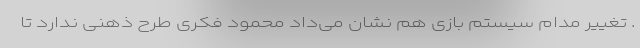
. تغییر مدام سیستم بازی هم نشان می‌داد محمود فکری طرح ذهنی ندارد تا